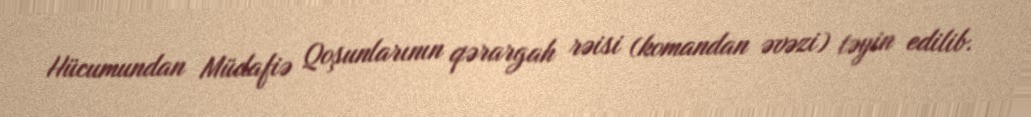
Hücumundan Müdafiə Qoşunlarının qərargah rəisi (komandan əvəzi) təyin edilib.